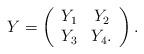
LaTeX: \begin{align*}Y=\left(\begin{array}{cc} Y_1 & Y_2\\Y_3 & Y_4.\end{array}\right).\end{align*}